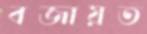
বজায়ত